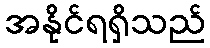
အနိုင်ရရှိသည်